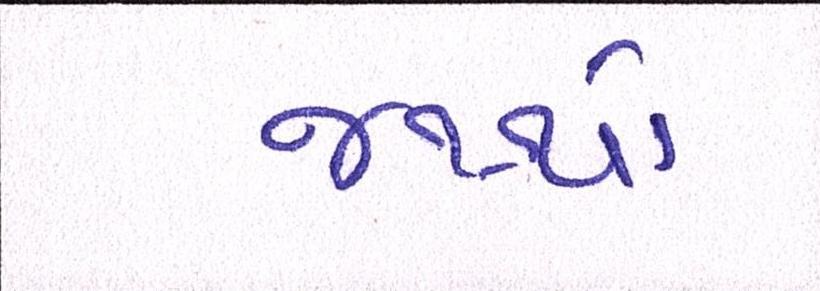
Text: જથ્થો